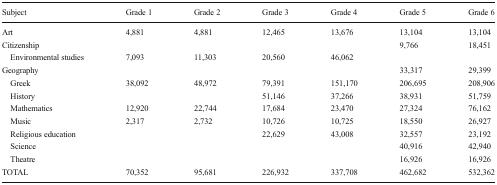
<table><thead><tr><td><b>Subject</b></td><td><b>Grade 1</b></td><td><b>Grade 2</b></td><td><b>Grade 3</b></td><td><b>Grade 4</b></td><td><b>Grade 5</b></td><td><b>Grade 6</b></td></tr></thead><tbody><tr><td>Art</td><td>4,881</td><td>4,881</td><td>12,465</td><td>13,676</td><td>13,104</td><td>13,104</td></tr><tr><td>Citizenship</td><td></td><td></td><td></td><td></td><td>9,766</td><td>18,451</td></tr><tr><td> Environmental studies</td><td>7,093</td><td>11,303</td><td>20,560</td><td>46,062</td><td></td><td></td></tr><tr><td>Geography</td><td></td><td></td><td></td><td></td><td>33,317</td><td>29,399</td></tr><tr><td> Greek</td><td>38,092</td><td>48,972</td><td>79,391</td><td>151,170</td><td>206,695</td><td>208,906</td></tr><tr><td> History</td><td></td><td></td><td>51,146</td><td>37,266</td><td>38,931</td><td>51,759</td></tr><tr><td> Mathematics</td><td>12,920</td><td>22,744</td><td>17,684</td><td>23,470</td><td>27,324</td><td>76,162</td></tr><tr><td> Music</td><td>2,317</td><td>2,732</td><td>10,726</td><td>10,725</td><td>18,550</td><td>26,927</td></tr><tr><td> Religious education</td><td></td><td></td><td>22,629</td><td>43,008</td><td>32,557</td><td>23,192</td></tr><tr><td> Science</td><td></td><td></td><td></td><td></td><td>40,916</td><td>42,940</td></tr><tr><td> Theatre</td><td></td><td></td><td></td><td></td><td>16,926</td><td>16,926</td></tr><tr><td>TOTAL</td><td>70,352</td><td>95,681</td><td>226,932</td><td>337,708</td><td>462,682</td><td>532,362</td></tr></tbody></table>